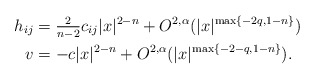
\begin{align*}h_{ij} &= \tfrac{2}{n-2} c_{ij} |x|^{2-n} + O^{2,\alpha}(|x|^{\max\{-2q, 1-n \}})\\v &= -c |x|^{2-n} + O^{2,\alpha}(|x|^{\max\{-2-q, 1-n \}}).\end{align*}